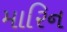
મારિન